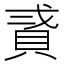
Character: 𧵸